Proceedings of the meeting of veterinary officers in India
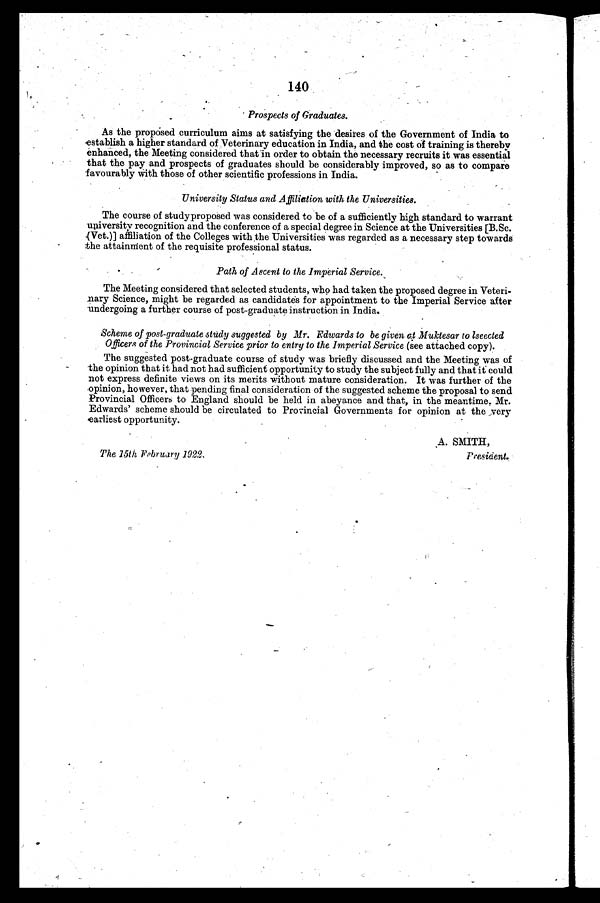
140
Prospects of Graduates.
As the proposed curriculum aims at satisfying the desires of the Government of India to
establish a higher standard of Veterinary education in India, and the cost of training is thereby
enhanced, the Meeting considered that in order to obtain the necessary recruits it was essential
that the pay and prospects of graduates should be considerably improved, so as to compare
favourably with those of other scientific professions in India.
University Status and Affiliation with the Universities.
The course of study proposed was considered to be of a sufficiently high standard to warrant
university recognition and the conference of a special degree in Science at the Universities [B.Sc.
(Vet.)] affiliation of the Colleges with the Universities was regarded as a necessary step towards
the attainment of the requisite professional status.
Path of Ascent to the Imperial Service.
The Meeting considered that selected students, who had taken the proposed degree in Veteri-
nary Science, might be regarded as candidates for appointment to the Imperial Service after
undergoing a further course of post-graduate instruction in India.
Scheme of post-graduate study suggested by Mr. Edwards to be given at Muktesar to lseected
Officers of the Provincial Service prior to entry to the Imperial Service (see attached copy).
The suggested post-graduate course of study was briefly discussed and the Meeting was of
the opinion that it had not had sufficient opportunity to study the subject fully and that it could
not express definite views on its merits without mature consideration. It was further of the
opinion, however, that pending final consideration of the suggested scheme the proposal to send
Provincial Officers to England should be held in abeyance and that, in the meantime. Mr.
Edwards' scheme should be circulated to Provincial Governments for opinion at the very
earliest opportunity.
A. SMITH,
The 15th February 1922.
President.